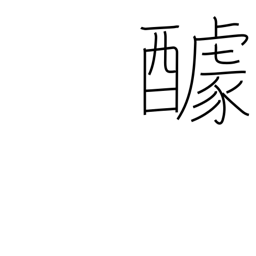
Meaning: contribution for a feast (potluck)